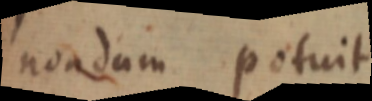
non dum potuit